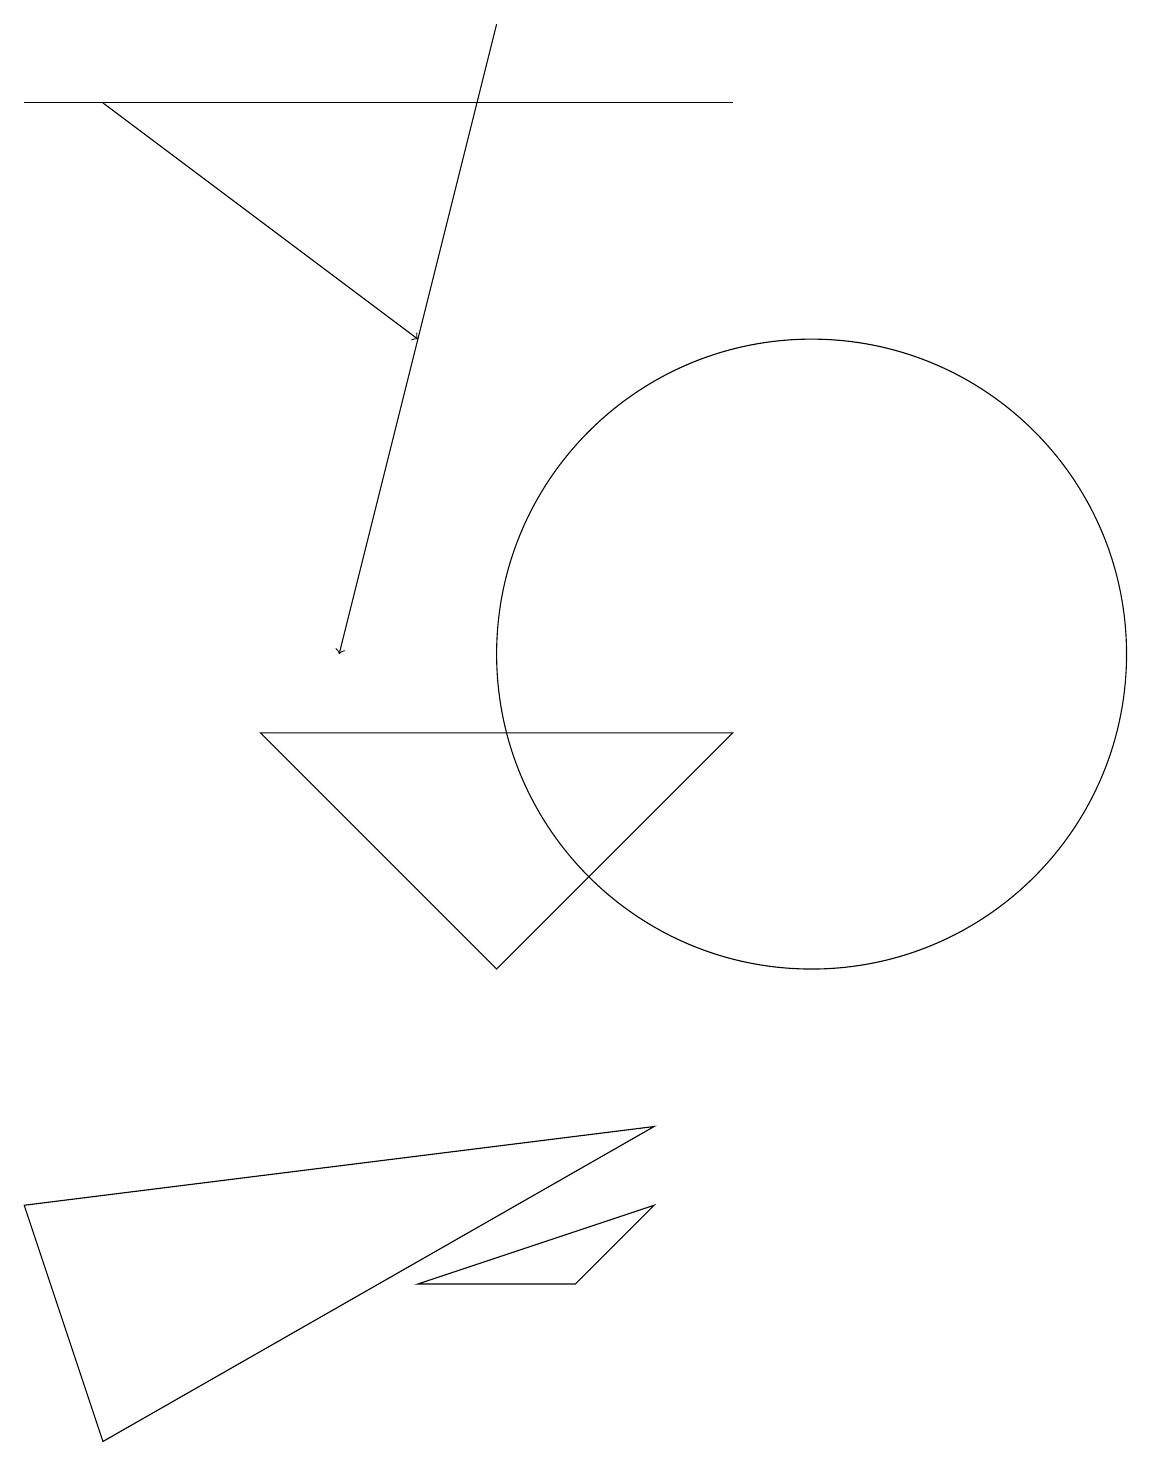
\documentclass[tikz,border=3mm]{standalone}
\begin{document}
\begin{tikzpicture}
\draw (0,3) -- (8,4) -- (1,0) -- cycle;
\draw (7,2) -- (5,2) -- (8,3) -- cycle;
\draw[->] (1,17) -- (5,14);
\draw[->] (6,18) -- (4,10);
\draw (0,17) rectangle (9,17);
\draw (9,9) -- (3,9) -- (6,6) -- cycle;
\draw (10,10) circle (4);
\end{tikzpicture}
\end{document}